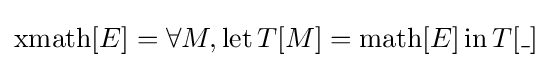
\operatorname {xmath} [E]=\forall M,\operatorname {let} T[M]=\operatorname {math} [E]\operatorname {in} T[\_]